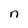
Character: n